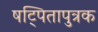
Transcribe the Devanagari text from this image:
षट्पितापुत्रक